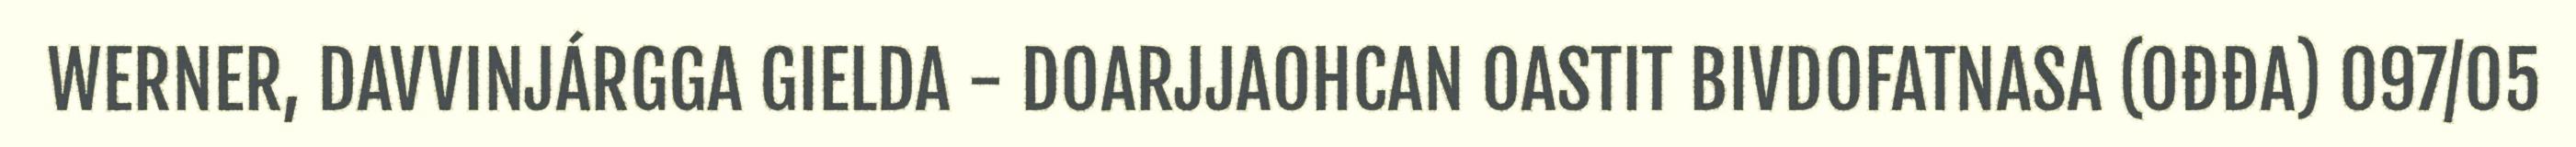
WERNER, DAVVINJÁRGGA GIELDA - DOARJJAOHCAN OASTIT BIVDOFATNASA (OĐĐA) 097/05